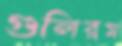
গুলিরম